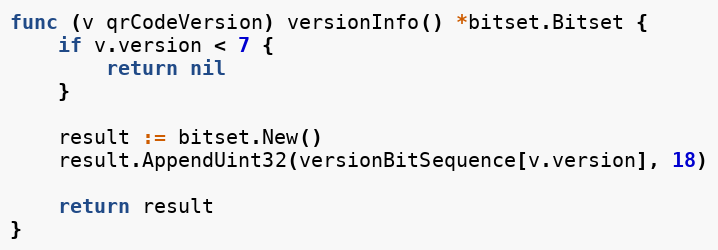
Language: Go
func (v qrCodeVersion) versionInfo() *bitset.Bitset {
	if v.version < 7 {
		return nil
	}

	result := bitset.New()
	result.AppendUint32(versionBitSequence[v.version], 18)

	return result
}